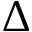
\Delta